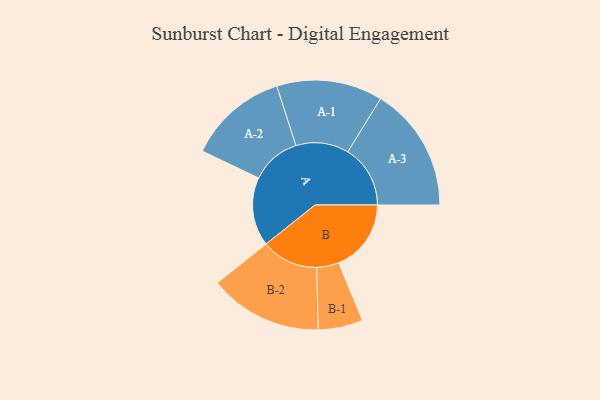
{"axis": {"x": "Segment", "y": "Value"}, "legend": ["", "A", "B"], "data": [{"x": "A", "y": 311, "type": ""}, {"x": "B", "y": 328, "type": ""}, {"x": "A-1", "y": 240, "type": "A"}, {"x": "A-2", "y": 226, "type": "A"}, {"x": "A-3", "y": 283, "type": "A"}, {"x": "B-1", "y": 101, "type": "B"}, {"x": "B-2", "y": 257, "type": "B"}]}